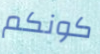
كونكم